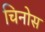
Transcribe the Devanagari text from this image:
चिनोस